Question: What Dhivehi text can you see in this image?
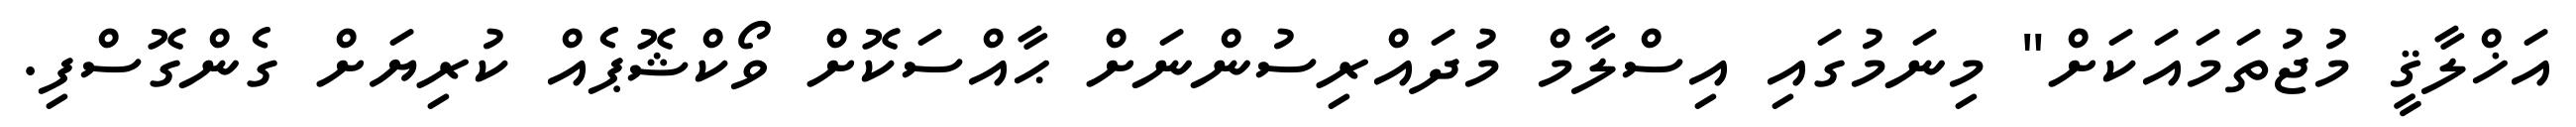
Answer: އަޚްލާޤީ މުޖުތަމައަކަށް" މިނަމުގައި އިސްލާމް މުދައްރިސުންނަށް ޙާއްސަކޮށް ވޯކްޝޮޕެއް ކުރިޔަށް ގެންގޮސްފި.